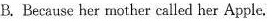
B. Because her mother called her Apple.